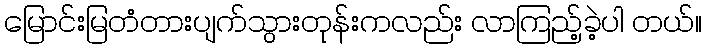
မြောင်းမြတံတားပျက်သွားတုန်းကလည်း လာကြည့်ခဲ့ပါ တယ်။